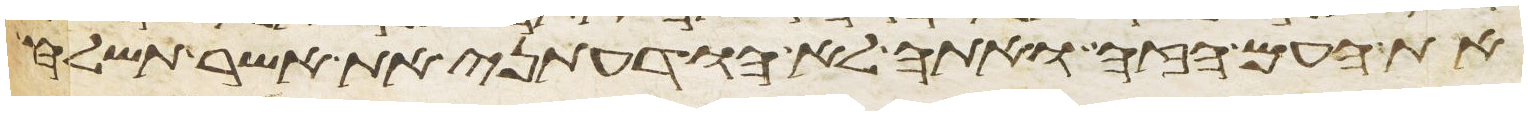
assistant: את העם הזה ואתה לא הודעתני את אשר תשלח